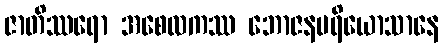
ဇာတိဿရော အစေလကဿ ဘောဇနပရိယောသာနေ